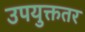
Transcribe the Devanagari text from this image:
उपयुक्ततर